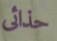
حذائى